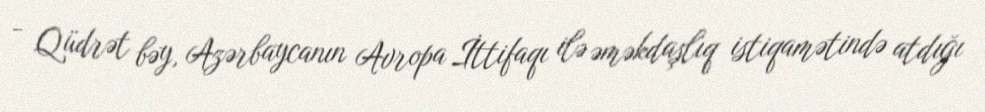
- Qüdrət bəy, Azərbaycanın Avropa İttifaqı ilə əməkdaşlıq istiqamətində atdığı